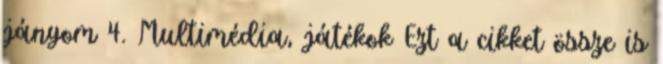
jányom 4. Multimédia, játékok Ezt a cikket össze is